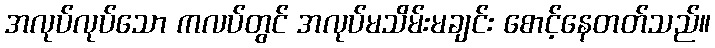
အလုပ်လုပ်သော ကလပ်တွင် အလုပ်မသိမ်းမချင်း စောင့်နေတတ်သည်။